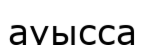
ауысса